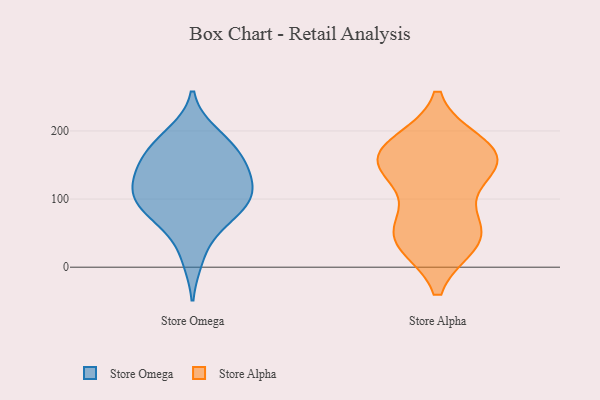
{"axis": {"x": "Bounce Rate (%)", "y": "Value"}, "legend": ["Store Alpha", "Store Omega"], "data": [{"x": "", "y": 137, "type": "Store Omega"}, {"x": "", "y": 68, "type": "Store Omega"}, {"x": "", "y": 12, "type": "Store Omega"}, {"x": "", "y": 97, "type": "Store Omega"}, {"x": "", "y": 61, "type": "Store Omega"}, {"x": "", "y": 104, "type": "Store Omega"}, {"x": "", "y": 159, "type": "Store Omega"}, {"x": "", "y": 120, "type": "Store Omega"}, {"x": "", "y": 168, "type": "Store Omega"}, {"x": "", "y": 162, "type": "Store Omega"}, {"x": "", "y": 115, "type": "Store Omega"}, {"x": "", "y": 142, "type": "Store Omega"}, {"x": "", "y": 190, "type": "Store Omega"}, {"x": "", "y": 87, "type": "Store Omega"}, {"x": "", "y": 99, "type": "Store Omega"}, {"x": "", "y": 197, "type": "Store Omega"}, {"x": "", "y": 42, "type": "Store Alpha"}, {"x": "", "y": 73, "type": "Store Alpha"}, {"x": "", "y": 142, "type": "Store Alpha"}, {"x": "", "y": 52, "type": "Store Alpha"}, {"x": "", "y": 181, "type": "Store Alpha"}, {"x": "", "y": 157, "type": "Store Alpha"}, {"x": "", "y": 37, "type": "Store Alpha"}, {"x": "", "y": 139, "type": "Store Alpha"}, {"x": "", "y": 36, "type": "Store Alpha"}, {"x": "", "y": 176, "type": "Store Alpha"}, {"x": "", "y": 163, "type": "Store Alpha"}, {"x": "", "y": 159, "type": "Store Alpha"}]}